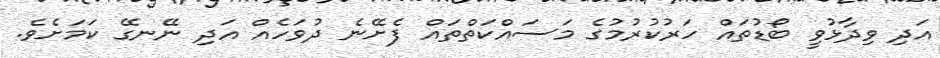
އަދި ވިދާޅުވީ ބޯޑުތައް ހަރުކުރުމުގެ މަސައްކަތްތައް ފެށޭނެ ދުވަހެއް އަދި ނޭނގޭ ކަމަށެވެ.